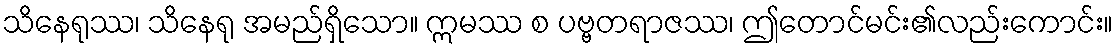
သိနေရုဿ၊ သိနေရု အမည်ရှိသော။ ဣမဿ စ ပဗ္ဗတရာဇဿ၊ ဤတောင်မင်း၏လည်းကောင်း။